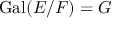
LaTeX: \mathrm { { G a l } } ( E / F ) = G